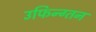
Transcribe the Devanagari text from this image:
उफिन्ग्तन